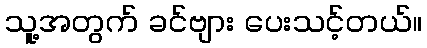
သူ့အတွက် ခင်ဗျား ပေးသင့်တယ်။